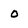
Character: 0